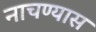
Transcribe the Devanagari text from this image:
नाचण्यास